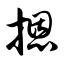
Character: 摁